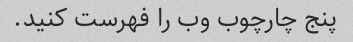
پنج چارچوب وب را فهرست کنید.